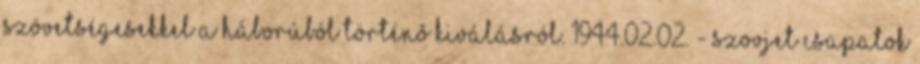
szövetségesekkel a háborúból történõ kiválásról. 1944.02.02. - Szovjet csapatok